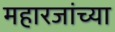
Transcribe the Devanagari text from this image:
महारजांच्या